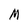
Character: M